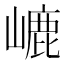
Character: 𡼂